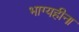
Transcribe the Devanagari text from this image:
भाग्यहीना